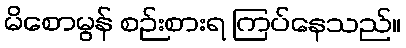
မိစောမွန် စဉ်းစားရ ကြပ်နေသည်။